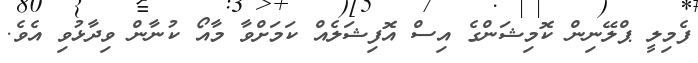
ފެމިލީ ޕްލޭނިން ކޮމިޝަންގެ އިސް އޮފިޝަލެއް ކަމަށްވާ މާއޯ ކުނާން ވިދާޅުވި އެވެ.